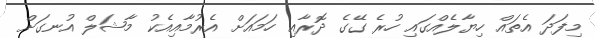
މިފަދަ އެތައް ހިޔާލެއްގައި ހުރެ ގޭގެ ދޮރާއި ހަމައަށް އެރުމާއިއެކު މާޝަލް އުނގަށް